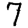
Digit: 7